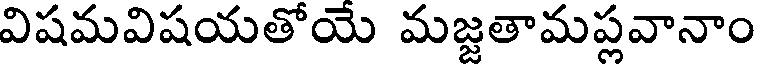
విషమవిషయతోయే మజ్జతామప్లవానాం